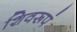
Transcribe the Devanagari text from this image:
शिवरूपं